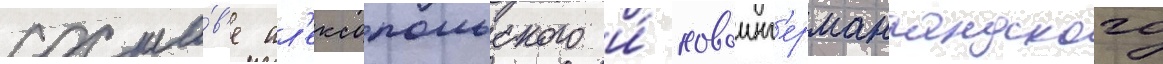
соста́в'е ал'ексопольского и́ новоинг'ерманландского